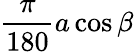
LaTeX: {\frac{\pi}{180}}a\cos\beta\,